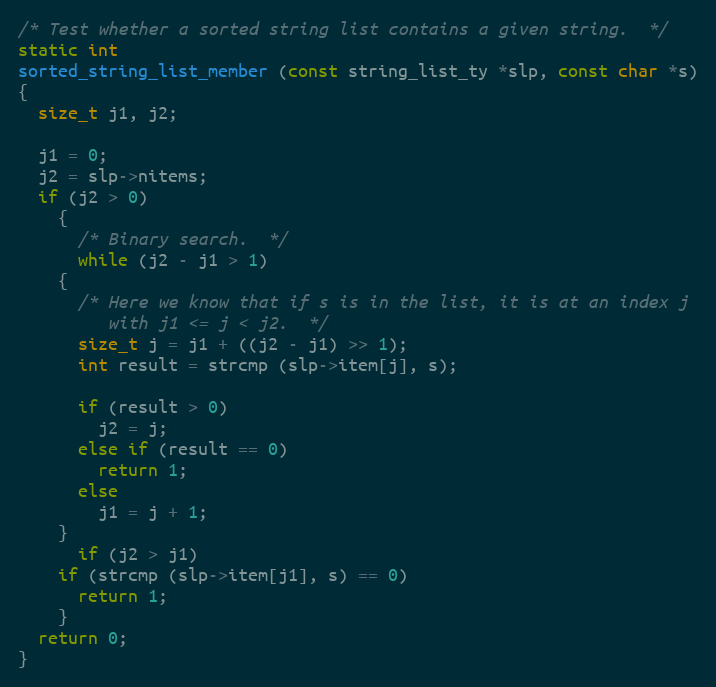
Language: C
/* Test whether a sorted string list contains a given string.  */
static int
sorted_string_list_member (const string_list_ty *slp, const char *s)
{
  size_t j1, j2;

  j1 = 0;
  j2 = slp->nitems;
  if (j2 > 0)
    {
      /* Binary search.  */
      while (j2 - j1 > 1)
	{
	  /* Here we know that if s is in the list, it is at an index j
	     with j1 <= j < j2.  */
	  size_t j = j1 + ((j2 - j1) >> 1);
	  int result = strcmp (slp->item[j], s);

	  if (result > 0)
	    j2 = j;
	  else if (result == 0)
	    return 1;
	  else
	    j1 = j + 1;
	}
      if (j2 > j1)
	if (strcmp (slp->item[j1], s) == 0)
	  return 1;
    }
  return 0;
}